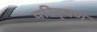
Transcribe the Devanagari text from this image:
परिवृषण